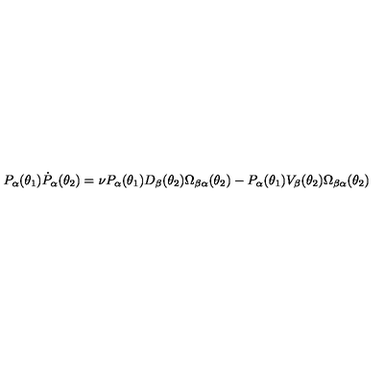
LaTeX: P _ { \alpha } ( \theta _ { 1 } ) \dot { P } _ { \alpha } ( \theta _ { 2 } ) = \nu P _ { \alpha } ( \theta _ { 1 } ) D _ { \beta } ( \theta _ { 2 } ) \Omega _ { \beta \alpha } ( \theta _ { 2 } ) - P _ { \alpha } ( \theta _ { 1 } ) V _ { \beta } ( \theta _ { 2 } ) \Omega _ { \beta \alpha } ( \theta _ { 2 } )